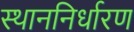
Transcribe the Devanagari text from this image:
स्थाननिर्धारण